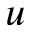
u